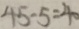
4 5 - 5 = 4 0